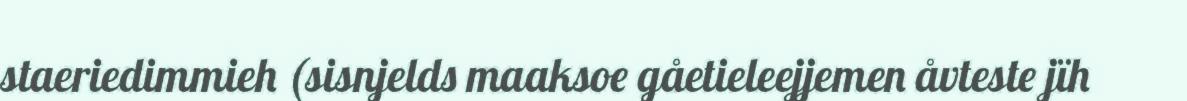
staeriedimmieh (sisnjelds maaksoe gåetieleejjemen åvteste jïh